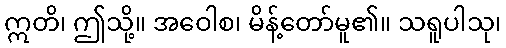
ဣတိ၊ ဤသို့။ အဝေါစ၊ မိန့်တော်မူ၏။ သရူပါသု၊